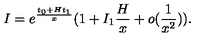
I = e ^ { \frac { t _ { 0 } + H t _ { 1 } } { x } } ( 1 + I _ { 1 } \frac { H } { x } + o ( \frac { 1 } { x ^ { 2 } } ) ) .